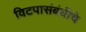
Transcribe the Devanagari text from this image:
विटपासंबंधीचे